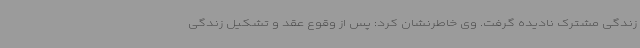
زندگی مشترک نادیده گرفت. وی خاطرنشان کرد: پس از وقوع عقد و تشکیل زندگی